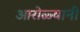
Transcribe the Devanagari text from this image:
आरोळ्यानी